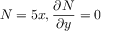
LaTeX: N = 5 x , { \frac { \partial N } { \partial y } } = 0